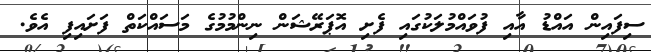
ސިފައިން އައްޑު އާއި ފުވައްމުލަކުގައި ފެށި އޮޕަރޭޝަން ނިންމުމުގެ މަސައްކަތް ފަށައިފި އެވެ.